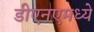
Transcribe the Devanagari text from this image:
डीएनएमध्ये